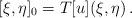
LaTeX: \begin{align*} [\xi,\eta]_0= T[u](\xi,\eta)\, . \end{align*}